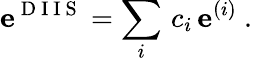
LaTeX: \mathbf{e}^{\mathrm{~D~I~I~S~}}=\sum_{i}\, c_{i}\, \mathbf{e}^{(i)}\mathrm{~.~}